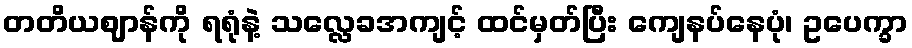
တတိယဈာန်ကို ရရုံနဲ့ သလ္လေခအကျင့် ထင်မှတ်ပြီး ကျေနပ်နေပုံ၊ ဥပေက္ခာ